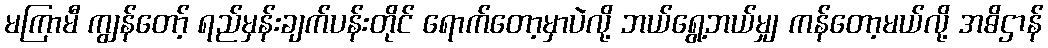
မကြာမီ ကျွန်တော့် ရည်မှန်းချက်ပန်းတိုင် ရောက်တော့မှာပဲလို့ ဘယ်ရွေ့ဘယ်မျှ ကန်တော့မယ်လို့ အဓိဌာန်